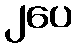
၂ပေ